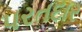
પરતદાર